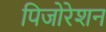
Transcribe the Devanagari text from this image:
पिजोरेशन